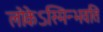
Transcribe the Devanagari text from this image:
लोकेऽस्मिन्भवति